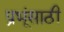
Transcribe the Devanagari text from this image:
प्रभूंसाठी